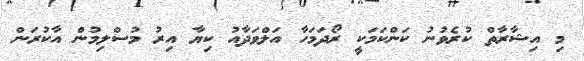
މި އިޝާރާތް ކުރެވުނު ކަންކަމަކީ ރޯދަމަހާ އަލްވަދާއު ކިޔާ އިރު މުސްލިމުން އާކުރަން